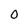
Character: 0